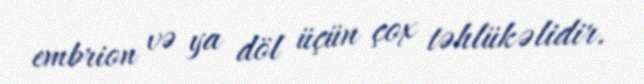
embrion və ya döl üçün çox təhlükəlidir.